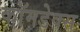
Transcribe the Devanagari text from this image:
कॉमडेक्स